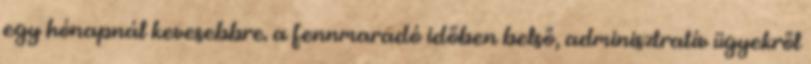
egy hónapnál kevesebbre. a fennmaradó időben belső, adminisztratív ügyekről